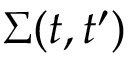
\Sigma ( t , t ^ { \prime } )